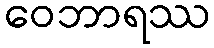
ဝေဘာရဿ